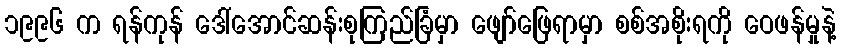
၁၉၉၆ က ရန်ကုန် ဒေါ်အောင်ဆန်းစုကြည်ခြံမှာ ဖျော်ဖြေရာမှာ စစ်အစိုးရကို ဝေဖန်မှုနဲ့